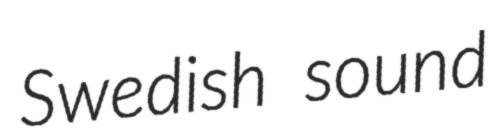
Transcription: Swedish sound